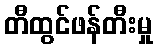
တီထွင်ဖန်တီးမှု